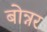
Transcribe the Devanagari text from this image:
बोन्नर